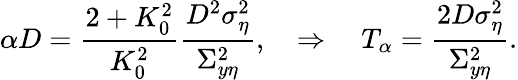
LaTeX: \alpha D=\frac{2+K_{0}^{2}}{K_{0}^{2}}\frac{D^{2}\sigma_{\eta}^{2}}{\Sigma_{y\eta}^{2}},\quad\Rightarrow\quad T_{\alpha}=\frac{2D\sigma_{\eta}^{2}}{\Sigma_{y\eta}^{2}}.